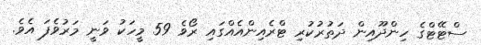
ސްޓޭޓްގެ ހިންދޫއިން ދަތުރުކުރި ޓްރެއިންއެއްގައި ރޯވެ 59 މީހަކު ވަނީ މަރުވެފަ އެވެ.